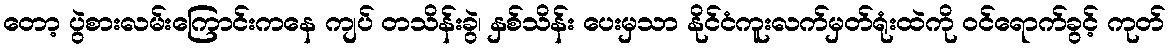
တော့ ပွဲစားလမ်းကြောင်းကနေ ကျပ် တသိန်းခွဲ၊ နှစ်သိန်း ပေးမှသာ နိုင်ငံကူးလက်မှတ်ရုံးထဲကို ဝင်ရောက်ခွင့် ကုတ်